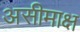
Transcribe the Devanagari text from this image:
असीमाक्ष